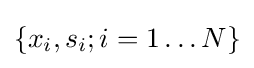
\{x_{i},s_{i};i=1\dots N\}